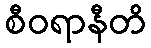
စီဝရာနီတိ